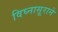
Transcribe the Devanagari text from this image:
विघ्नासूराने